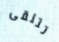
تتلقى